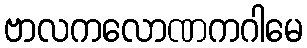
ဗာလကလောဏကဂါမေ